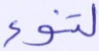
لتنوء